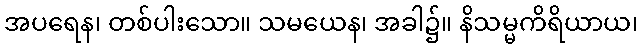
အပရေန၊ တစ်ပါးသော။ သမယေန၊ အခါ၌။ နိသမ္မကိရိယာယ၊